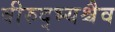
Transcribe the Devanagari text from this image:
वीरुद्भ्यश्चैव